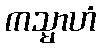
ကသ္မာဟံ